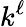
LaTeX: k^{\ell}